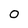
Character: 0